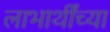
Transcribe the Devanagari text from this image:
लाभार्थींच्या